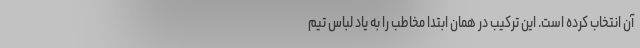
آن انتخاب کرده است. این ترکیب در همان ابتدا مخاطب را به یاد لباس تیم